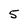
Character: 5